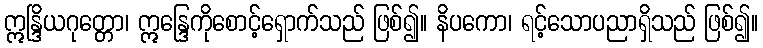
ဣန္ဒြိယဂုတ္တော၊ ဣန္ဒြေကိုစောင့်ရှောက်သည် ဖြစ်၍။ နိပကော၊ ရင့်သောပညာရှိသည် ဖြစ်၍။